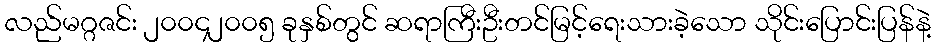
လည်မဂ္ဂဇင်း ၂၀၀၄၂၀၀၅ ခုနှစ်တွင် ဆရာကြီးဦးတင်မြင့်ရေးသားခဲ့သော သိုင်းပြောင်းပြန်နဲ့